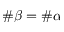
\# \beta = \# \alpha